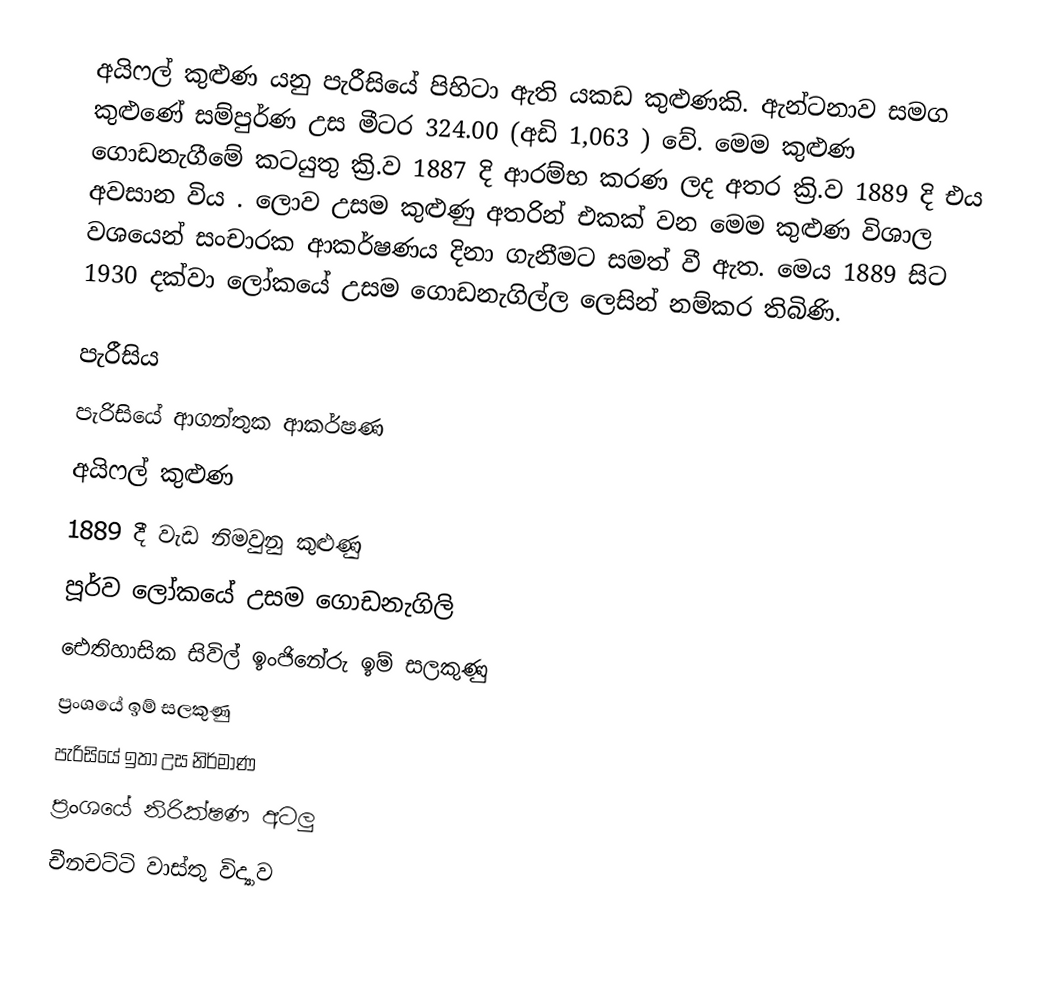
අයිෆල් කුළුණ යනු පැරීසියේ පිහිටා ඇති යකඩ කුළුණකි. ඇන්ටනාව සමග කුළුණේ සම්පුර්ණ උස මීටර 324.00 (අඩි 1,063 ) වේ. මෙම කුළුණ ගොඩනැගීමේ කටයුතු ක්‍රි.ව 1887 දි ආරම්භ කරණ ලද  අතර ක්‍රි.ව 1889 දි එය අවසාන විය . ලොව උසම කුළුණු අතරින් එකක් වන මෙම කුළුණ විශාල වශයෙන් සංචාරක ආකර්ෂණය දිනා ගැනීමට සමත් වී ඇත. මෙය 1889 සිට 1930 දක්වා ලෝකයේ උසම ගොඩනැගිල්ල ලෙසින් නම්කර තිබිණි.

පැරීසිය
පැරිසියේ ආගන්තුක ආකර්ෂණ
අයිෆල් කුළුණ
1889 දී වැඩ නිමවුනු කුළුණු
පූර්ව ලෝකයේ උසම ගොඩනැගිලි
ඓතිහාසික සිවිල් ඉංජිනේරු ඉම් සලකුණු
ප්‍රංශයේ ඉම් සලකුණු
පැරිසියේ ඉතා උස නිර්මාණ
ප්‍රංශයේ නිරික්ෂණ අටලු
චීනචට්ටි වාස්තු විද්‍යාව